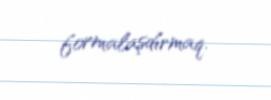
formalaşdırmaq.